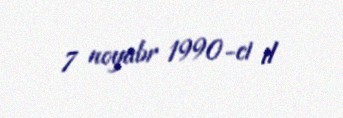
7 noyabr 1990-ci il